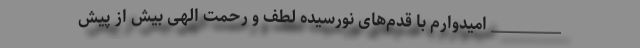
__________ امیدوارم با قدم‌های نورسیده لطف و رحمت الهی بیش از پیش